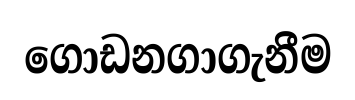
ගොඩනගාගැනීම